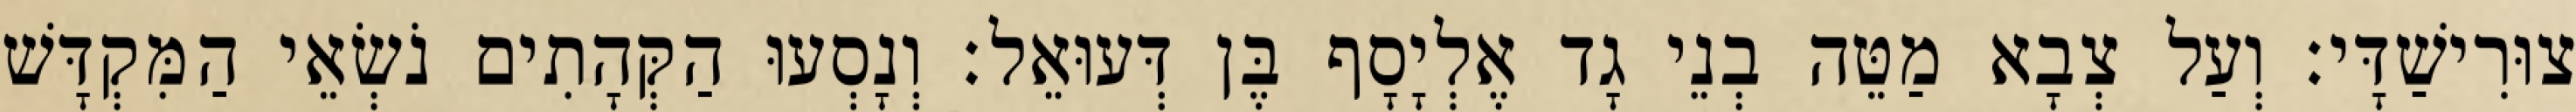
צוּרִישַׁדָּי׃ וְעַל צְבָא מַטֵּה בְנֵי גָד אֶלְיָסָף בֶּן דְּעוּאֵל׃ וְנָסְעוּ הַקְּהָתִים נֹשְׂאֵי הַמִּקְדָּשׁ